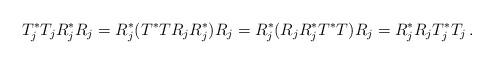
LaTeX: \begin{align*} T_j^* T_j R_j^*R_j = R_j^* (T^* T R_j R_j^*) R_j = R_j^* (R_j R_j^* T^* T) R_j = R_j^*R_j T_j^* T_j \,.\end{align*}